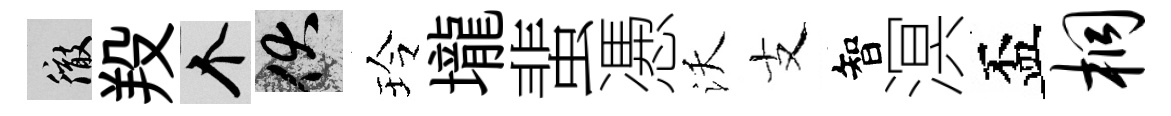
徹羖个伏玲壠蜚慿沃支智溟盃桐